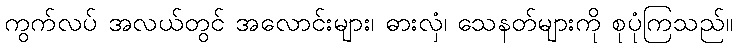
ကွက်လပ် အလယ်တွင် အလောင်းများ၊ ဓားလှံ၊ သေနတ်များကို စုပုံကြသည်။